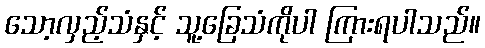
သော့လှည့်သံနှင့် သူ့ခြေသံကိုပါ ကြားရပါသည်။